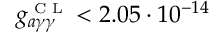
g _ { a \gamma \gamma } ^ { \scriptscriptstyle \textup { C L } } < 2 . 0 5 \cdot 1 0 ^ { - 1 4 }